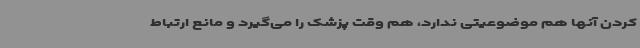
کردن آنها هم موضوعیتی ندارد، هم وقت پزشک را می‌گیرد و مانع ارتباط